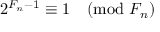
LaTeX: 2 ^ { F _ { n } - 1 } \equiv 1 { \pmod { F _ { n } } }